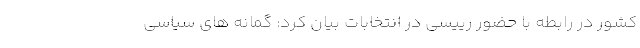
کشور در رابطه با حضور رییسی در انتخابات بیان کرد: گمانه های سیاسی